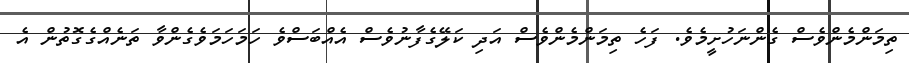
ތިމަންމެންވެސް ގެންނަހުށީމެވެ. ފަހެ ތިމަންމެންވެސް އަދި ކަލޭގެފާނުވެސް އެއްބަސްވެ ހަމަހަމަވެގެންވާ ތަނެއްގެގޮތުން އެ